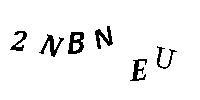
2NBNEU